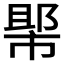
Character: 𱜲